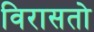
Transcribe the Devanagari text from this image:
विरासतो